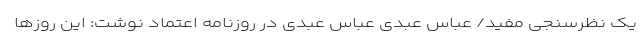
یک نظرسنجی مفید/ عباس عبدی عباس عبدی در روزنامه اعتماد نوشت: این روزها